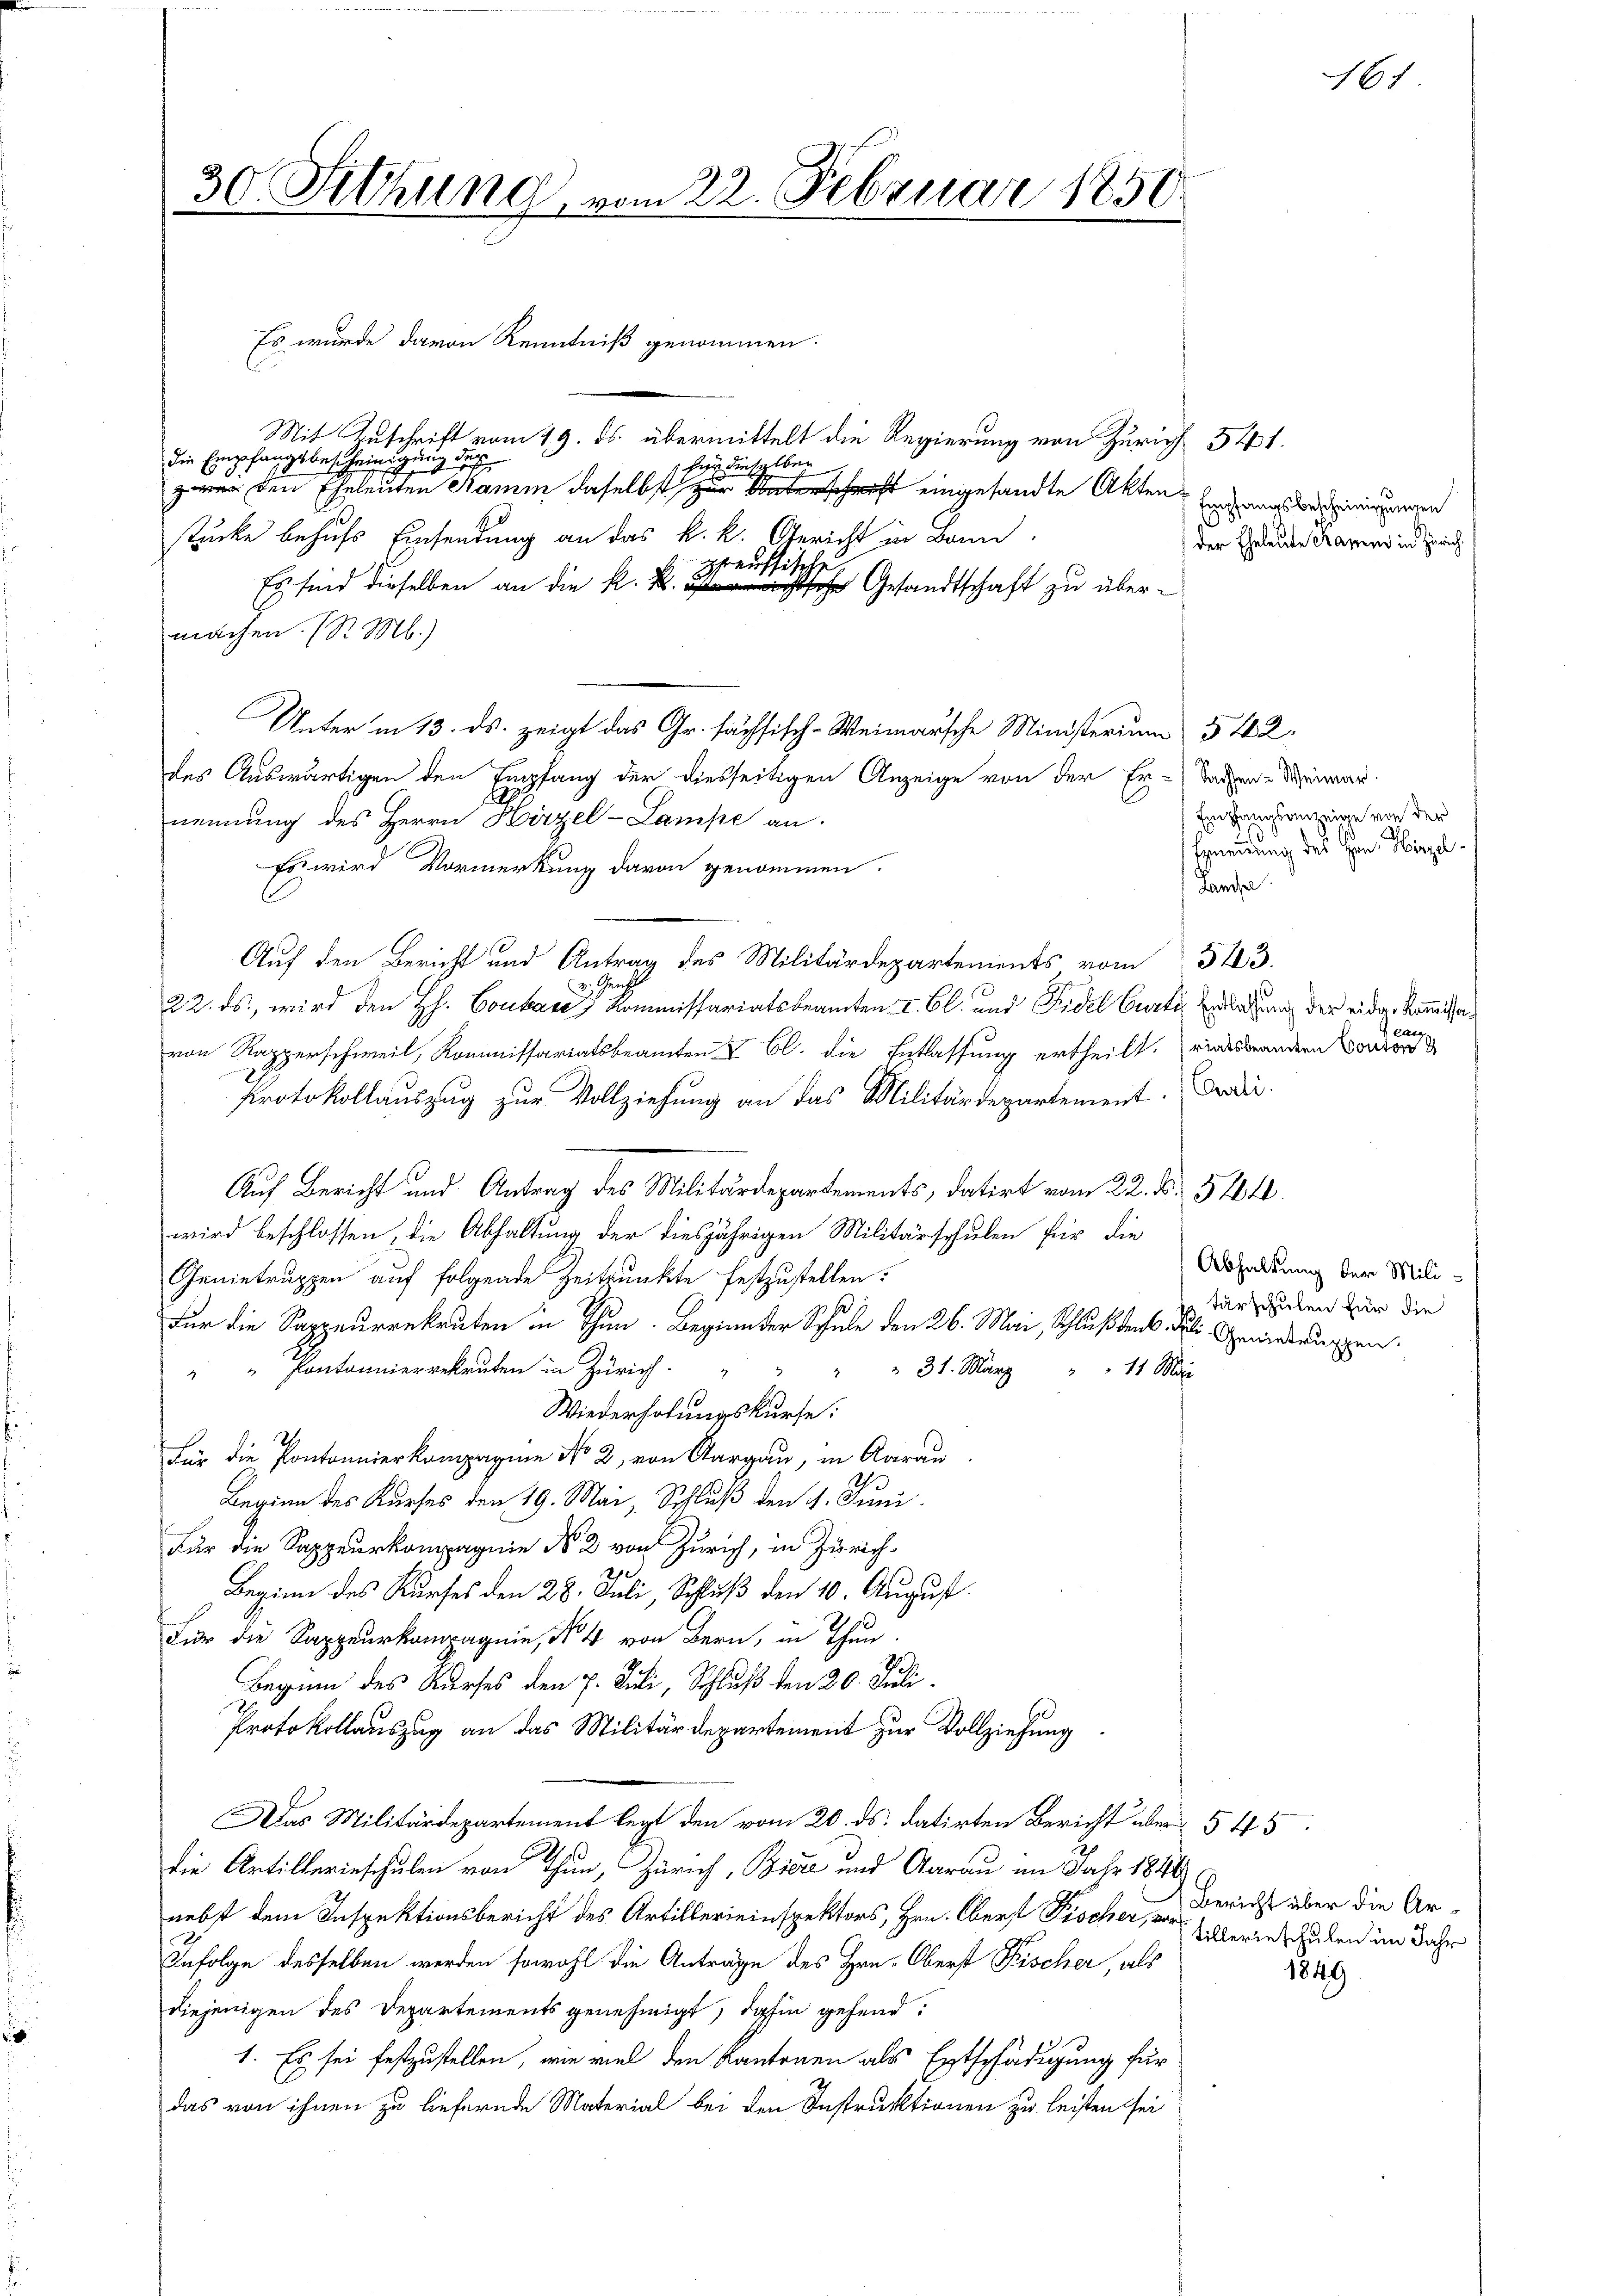
30. Sitzung, vom 22. Februar 1850.

Mit Zuschrift vom 19. ds. übermittelt die Regierung von Zürich 541.
die Empfangsbescheinigung des
 für dieselben
zwar den Eheleuten Ramm daselbst zu erschaft eingesandte Aktenstücke behufs Einsendung an das k. k. Gericht in Bann
preussische
Es sind dieselben an die K. Rechtsche Gesandtschaft zu übermachen. (S. M.)
Unter in 13. ds. zeigt das Gr. sächsisch-Weimarsche Ministerium § 442.
des Auswärtigen den Empfang der diesseitigen Anzeige von der Er-Taden-Steinau.
nennung des Herrn Hirzel-Lampe an.
Es wird Vormerkung davon genommen.
Auf den Bericht und Antrag des Militärdepartements vom 313.
Gunst
22. ds., wird den Hs. Contane Kommissariatsbeamten u. Bl. und Fidel Curti, Erlaßung der eidge kommissavon Rapperschweil, Kommissariatsbeamten V Cl. die Entlassung ertheilt. riessbrandern Vorrers
Protokollauszug zur Vollziehung an das Militärdepartement. Ferdir
Auf Bericht und Antrag des Militärdepartements, datirt vom 22. §. 5264
wird beschlossen, die Abhaltung der diesjährigen Militärschulen für die
Genietruppen auf folgende Zeitpunkte festzustellen:
Für die Sappeurrekruten in Thun. Beginnter Schule den 26. Mai, Schlußten Juli gewiederungen.
" Pontannierekruten in Zürich.
" 31. März 11 Mari
Wiederholungskurse:
21.
Für die Pontonnierkompagnie No 2, von Aargau, in Aarau
Beginn des Kurses den 19. Mai, Schluß den 4. Juni
Für die Sappeurkompagnie No 2 von Zürich, in Zürich¬
2
Beginn des Kurses den 28. Juli, Schluß den 10. August.
Für die Sappeurkompagnie, No 4 von Bern, in Thun.
Beginn des Kurses den 7. Juli, Schluß den 20. Juli.
Protokollauszug an das Militärdepartement zur Vollziehung
Das Militärdepartement legt den vom 20. ds. datirten Bericht über 545
die Artillerieschulen von Thun, Zürich, Biere und Aarau im Jahr 1846
nebst dem Inspektionsbericht des Artillereinspektors, Hrn. Oberst Fischer, von
Infolge desselben werden sowohl die Anträge des Hrn. Oberst Fischer, als
diejenigen des Departements genehmigt, dahin gehend
1. Es sei festzustellen, wie viel den Kantonen als Entschädigung für
das von ihnen zu liefernde Material bei den Instruktionen zu leisten sei

Es wurde davon Kenntniß genommen.

Empfangsbescheinigungen
der Eheleute Kamin in Zürich.

Empfangsanzeige von der
Ernennung des Hrn. Hirzel
Lanse

Erg

Abhaltung der Militurschulen für die

161

Bericht über die Artillerinschulen im Jahr
1849